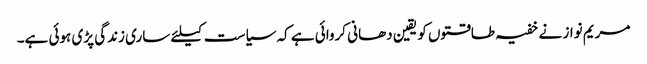
مریم نواز نے خفیہ طاقتوں کو یقین دھانی کروائی ہے کہ سیاست کیلئے ساری زندگی پڑی ہوئی ہے۔